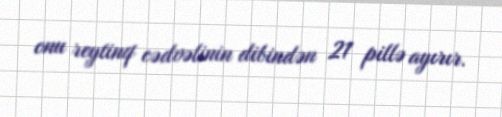
onu reytinq cədvəlinin dibindən 21 pillə ayırır.